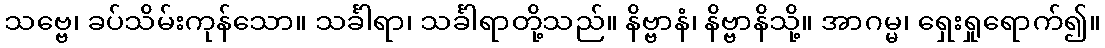
သဗ္ဗေ၊ ခပ်သိမ်းကုန်သော။ သင်္ခါရာ၊ သင်္ခါရာတို့သည်။ နိဗ္ဗာနံ၊ နိဗ္ဗာနိသို့။ အာဂမ္မ၊ ရှေးရှုရောက်၍။